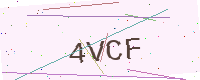
Text: 4VCF